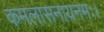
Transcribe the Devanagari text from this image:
कमलासनायनमः।